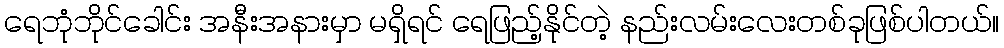
ရေဘုံဘိုင်ခေါင်း အနီးအနားမှာ မရှိရင် ရေဖြည့်နိုင်တဲ့ နည်းလမ်းလေးတစ်ခုဖြစ်ပါတယ်။